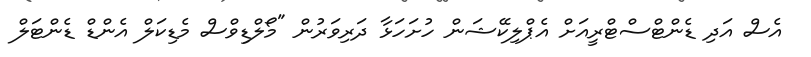
އެސް އަދި ޑެންޓްސްޓްރީއަށް އެޕްލިކޭޝަން ހުށަހަޅާ ދަރިވަރުން "މޯލްޑިވްސް މެޑިކަލް އެންޑް ޑެންޓަލް